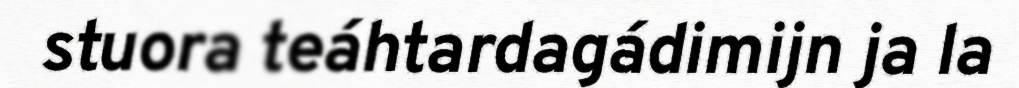
stuora teáhtardagádimijn ja la